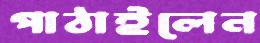
পাঠাইলেন